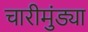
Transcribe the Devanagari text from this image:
चारीमुंड्या